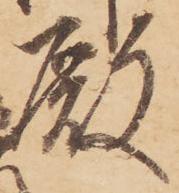
殿